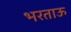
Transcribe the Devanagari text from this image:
भरताऊ